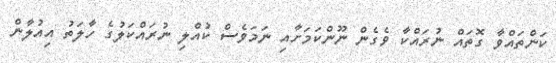
ކަންތައްވާ ގޮތައް ނުރައްކާ ވެގެން ނޫންކަމަށާއި ނަމަވެސް ކުއްލި ނުރައްކަލުގެ ހާލަތު އިއުލާން